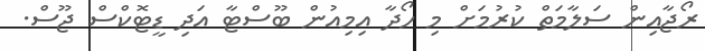
ރޯޖާއިން ސަލާމަތް ކުރުމަށް މި ހޯދާ އިމިއުން ބޫސްޓާ އަދި ޑީޓޮކްސް ޖޫސް.